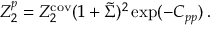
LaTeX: Z _ { 2 } ^ { p } = Z _ { 2 } ^ { \mathrm { c o v } } ( 1 + \tilde { \Sigma } ) ^ { 2 } \exp ( - C _ { p p } ) \, .